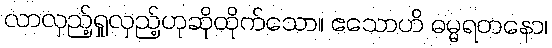
လာလှည့်ရှုလှည့်ဟုဆိုထိုက်သော။ ဧသောဟိ ဓမ္မရတနော၊